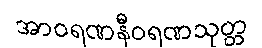
အာဝရဏနီဝရဏသုတ္တ